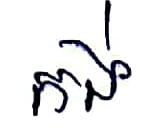
កង់